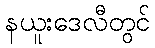
နယူးဒေလီတွင်